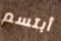
أبتسم